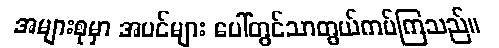
အများစုမှာ အပင်များ ပေါ်တွင်သာတွယ်ကပ်ကြသည်။